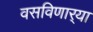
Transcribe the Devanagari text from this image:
वसविणार्‍या